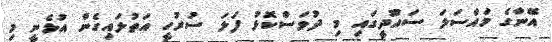
އޭނާގެ މައްސަލަ ސައޫދީގައި މި ދުވަސްކޮޅު ފަލަ ސުރުހީ އަތުލައިގެން އުޅެނީ މި